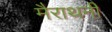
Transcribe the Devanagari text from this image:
मैराथनी